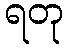
ရတု